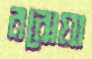
ররোয়া